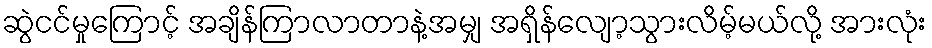
ဆွဲငင်မှုကြောင့် အချိန်ကြာလာတာနဲ့အမျှ အရှိန်လျော့သွားလိမ့်မယ်လို့ အားလုံး